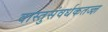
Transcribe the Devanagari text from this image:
वास्तुसंवर्धकतज्ज्ञ